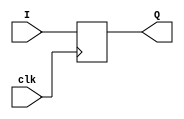
`timescale 1ns / 1ps
//////////////////////////////////////////////////////////////////////////////////
// Company: 
// Engineer: 
// 
// Design Name: 
// Module Name: simple_register
// Project Name: 
// Target Devices: 
// Tool Versions: 
// Description: 
// 
// Dependencies: 
// 
// Revision:
// Revision 0.01 - File Created
// Additional Comments:
// 
//////////////////////////////////////////////////////////////////////////////////


module simple_register
    #(parameter N = 4)(
        input clk,
        input [N - 1:0] I,
        output [N - 1:0] Q        
    );
    
    // Structurall description
//    genvar k;
    
//    generate
//        for (k = 0; k < N; k = k + 1)
//        begin: FF
//            D_FF_reset(
//                .clk(clk),
//                .D(I[k]),
//                .reset_n(),
//                .clear_n(),
//                .Q(Q[k])
//            );
//        end
//    endgenerate
    
    // Behavioral description
    reg [N - 1:0] Q_reg, Q_next;
    
    always @(posedge clk)
    begin
        // asynch reset can go here
        Q_reg <= Q_next;
    end
    
    always @(I)
    begin
        Q_next = I;
    end
    
    assign Q = Q_reg;
    
endmodule